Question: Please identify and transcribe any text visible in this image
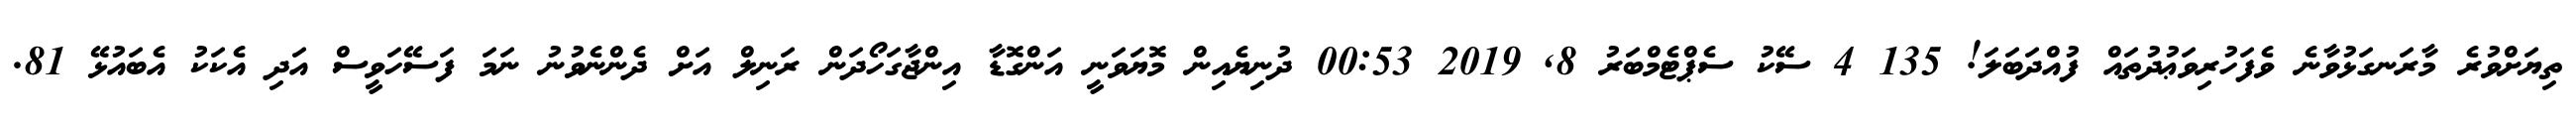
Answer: ތިޔަށްވުރެ މާރަނގަޅުވާނެ ވެފަހުރިވަޢުދުތައް ފުއްދަބަލަ! 135 4 ސޭކު ސެޕްޓެމްބަރު 8, 2019 00:53 ދުނިޔެއިން މޮޔަވަނީ އަންގޮޑާ އިންޖާގަހޯދަން ރަނިލް އަށް ދެންނެވުނު ނަމަ ފަސޭހަވީސް އަދި އެކަކު އެބައުޅޭ 81.